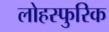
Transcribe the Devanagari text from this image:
लोहस्फुरिक